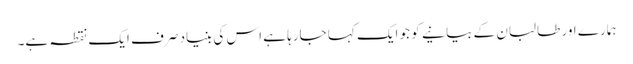
ہمارے اور طالبان کے بیانیے کو جو ایک کہا جارہا ہے اس کی بنیاد صرف ایک نقطہ ہے۔